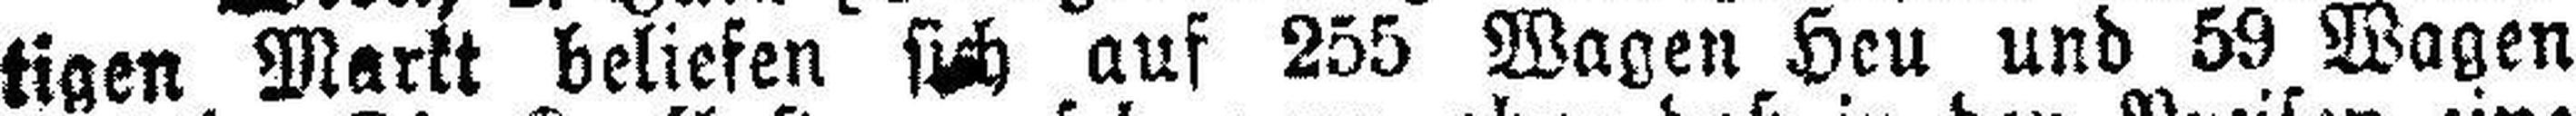
tigen Markt beliefen sich auf 255 Wagen Heu und 59 Wagen